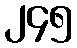
၂၄၅